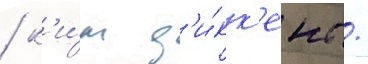
/ к'и́м д'и́кк'енс /